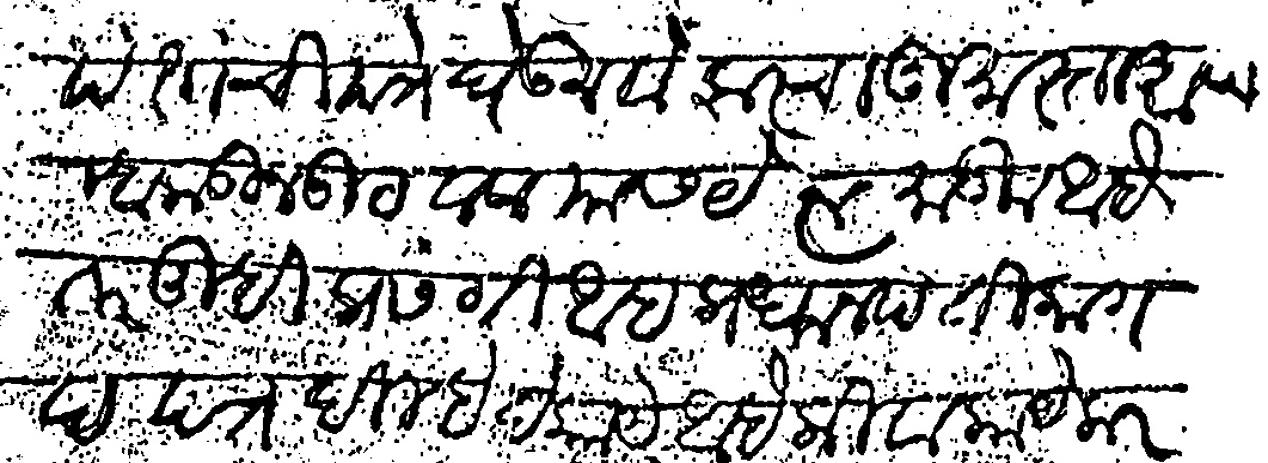
Transliteration (Devanagari): प्रधानपंताची पत्रे घेऊन वोझरचा गुमास्ता आपणा कडील उठवाव यास यत्न मांडीला आहे तर तुम्ही प्रसंगी आहा प्रधानपंती कागद पत्र दिल्हे हे काये आहे किंवा काये कदाचीत